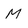
Character: M